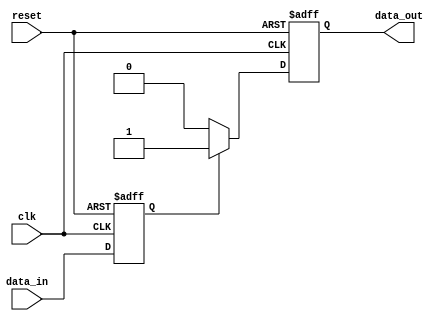
module CMOS_Buffer (
    input wire clk,
    input wire reset,
    input wire data_in,
    output reg data_out
);

reg internal_signal;
reg output_signal;

// Input stage
always @(posedge clk or posedge reset) begin
    if (reset) begin
        internal_signal <= 1'b0;
    end else begin
        internal_signal <= data_in;
    end
end

// Output stage with level shifter
always @(posedge clk or posedge reset) begin
    if (reset) begin
        output_signal <= 1'b0;
    end else begin
        if (internal_signal) begin
            output_signal <= 1'b1;
        end else begin
            output_signal <= 1'b0;
        end
    end
end

// Assign output signal to external pin
assign data_out = output_signal;

endmodule